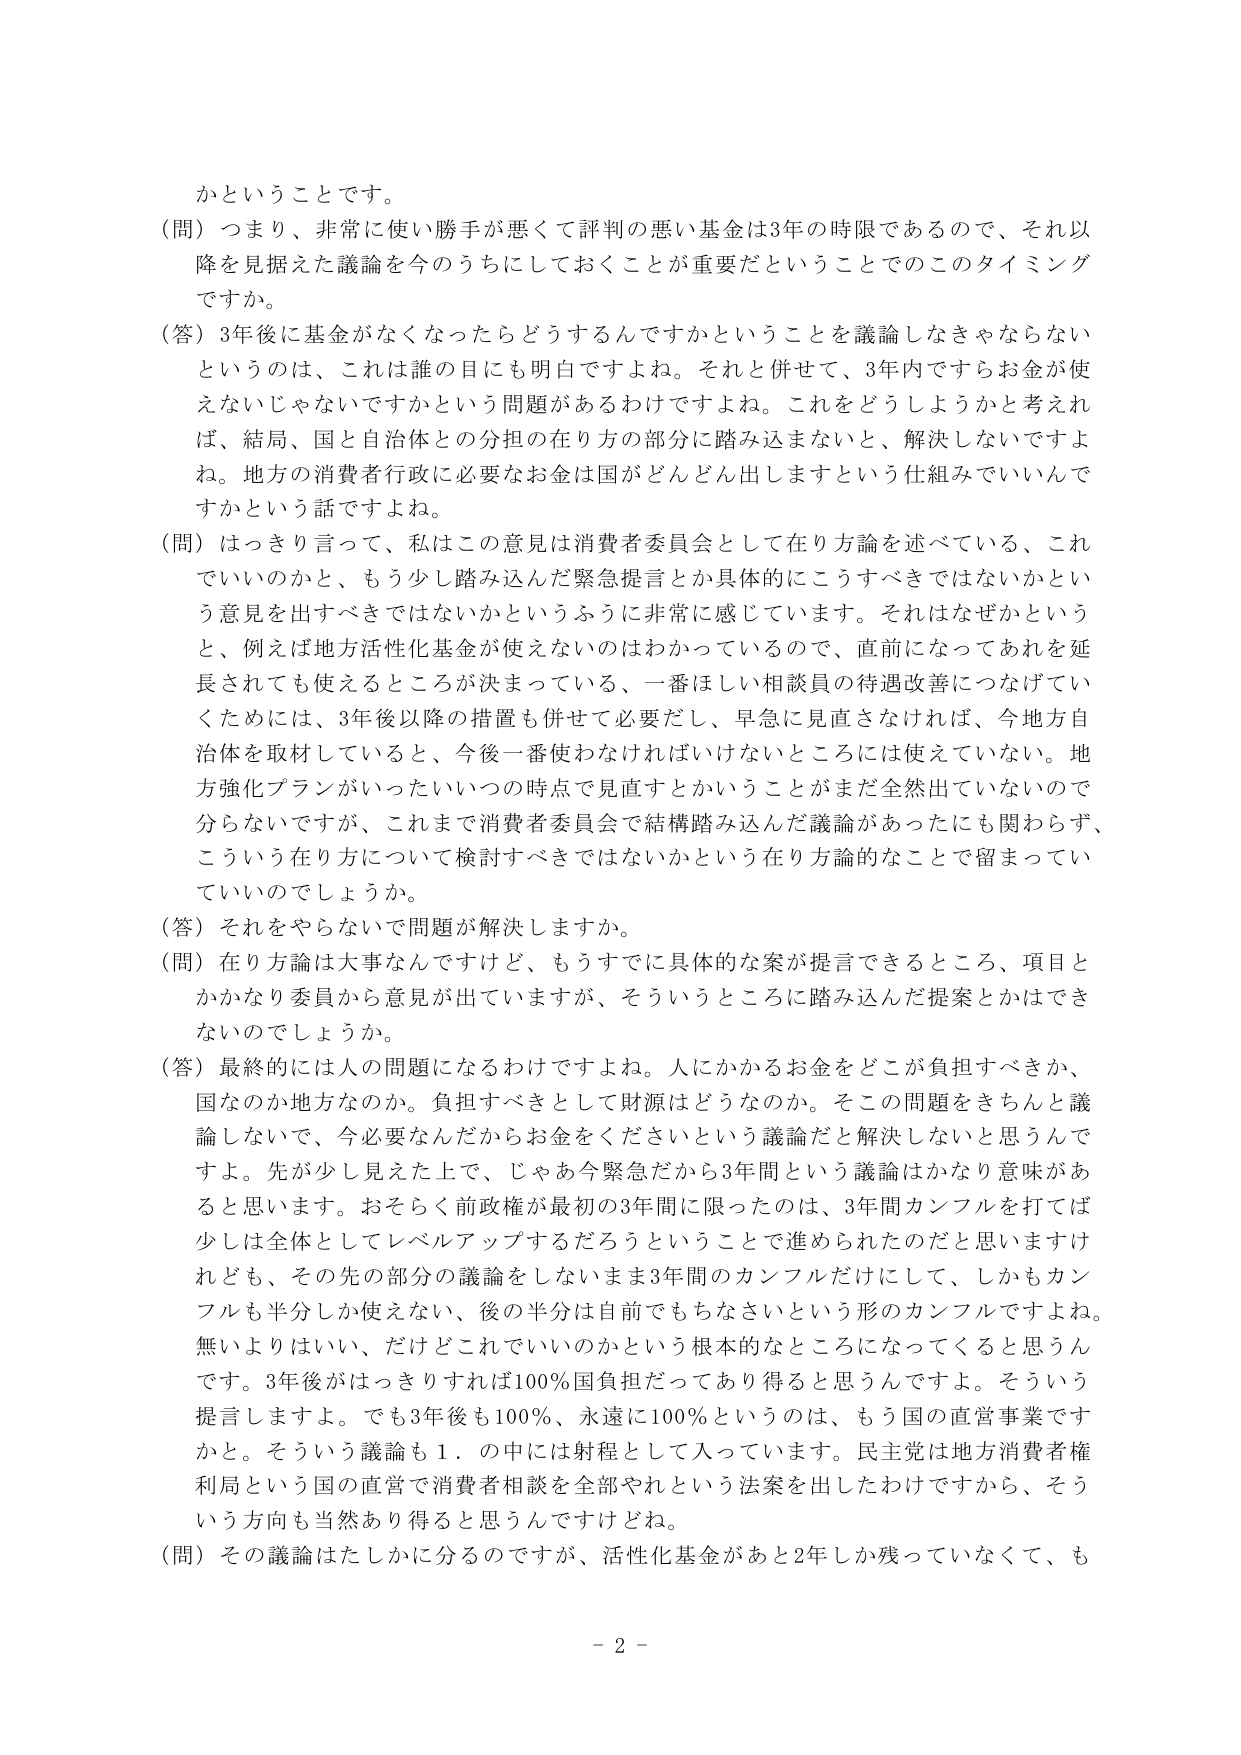
かということです。

（問）つまり、非常に使い勝手が悪くて評判の悪い基金は3年の時限であるので、それ以降を見据えた議論を今のうちにしておくことが重要だということでのこのタイミングですか。

（答）3年後に基金がなくなったらどうするんですかということを議論しなきゃならないというのは、これは誰の目にも明白ですよね。それと併せて、3年内ですらお金が使えないじゃないですかという問題があるわけですよね。これをどうしようかと考えれば、結局、国と自治体との分担の在り方の部分に踏み込まないと、解決しないですよね。地方の消費者行政に必要なお金は国がどんどん出しますという仕組みでいいんですかという話ですよね。

（問）はっきり言って、私はこの意見は消費者委員会として在り方論を述べている、これでいいのかと、もう少し踏み込んだ緊急提言とか具体的にこうすべきではないかという意見を出すべきではないかというふうに非常に感じています。それはなぜかというと、例えば地方活性化基金が使えないのはわかっているので、直前になってあれを延長されても使えるところが決まっている、一番ほしい相談員の待遇改善につなげていくためには、3年後以降の措置も併せて必要だし、早急に見直さなければ、今地方自治体を取材していると、今後一番使わなければいけないところには使えていない。地方強化プランがいったいいつの時点で見直すとかいうことがまだ全然出ていないので分らないですが、これまで消費者委員会で結構踏み込んだ議論があったにも関わらず、こういう在り方について検討すべきではないかという在り方論的なことで留まっているのでしょうか。

（答）それをやらないで問題が解決しますか。

（問）在り方論は大事なんですけど、もうすでに具体的な案が提言できるところ、項目とかかなり委員から意見が出ていますが、そういうところに踏み込んだ提案とかはできないのでしょうか。

（答）最終的には人の問題になるわけですよね。人にかかるお金をどこが負担すべきか、国なのか地方なのか。負担すべきとして財源はどうなのか。そこの問題をきちんと議論しないで、今必要なんだからお金をくださいという議論だと解決しないと思うんですよ。先が少し見えた上で、じゃあ今緊急だから3年間という議論はかなり意味があると思います。おそらく前政権が最初の3年間に限ったのは、3年間カンフルを打てば少しは全体としてレベルアップするだろうということで進められたのだと思いますけれども、その先の部分の議論をしないまま3年間のカンフルだけにして、しかもカンフルも半分しか使えない、後の半分は目前でもちなさいという形のカンフルですよね。無いよりはいい、だけどこれでいいのかという根本的なところになってくると思うんです。3年後がはっきりすれば100％国負担だってあり得ると思うんですよ。そういう提言しますよ。でも3年後も100％、永遠に100％というのは、もう国の直営事業ですかと。そういう議論も１．の中には射程として入っています。民主党は地方消費者権利局という国の直営で消費者相談を全部やれという法案を出したわけですから、そういう方向も当然あり得ると思うんですけどね。

（問）その議論はたしかに分るのですが、活性化基金があと2年しか残っていなくて、も

- 2 -